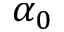
\alpha _ { 0 }